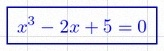
x^3-2x+5=0